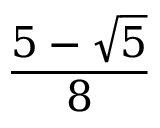
\frac { 5 - { \sqrt { 5 } } } { 8 }